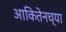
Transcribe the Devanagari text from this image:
आकितेनच्या